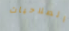
الصلاحيات